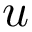
\boldsymbol { u }